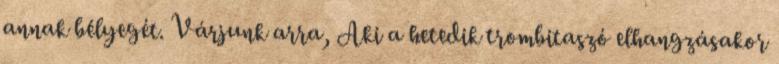
annak bélyegét. Várjunk arra, Aki a hetedik trombitaszó elhangzásakor